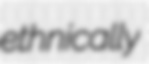
ethnically